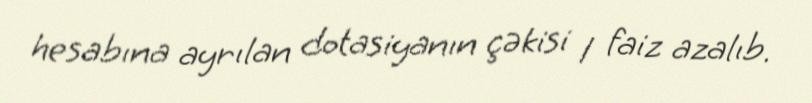
hesabına ayrılan dotasiyanın çəkisi 1 faiz azalıb.